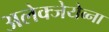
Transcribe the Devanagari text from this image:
अलेक्जेयेव्ना